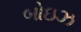
બોઇઝ